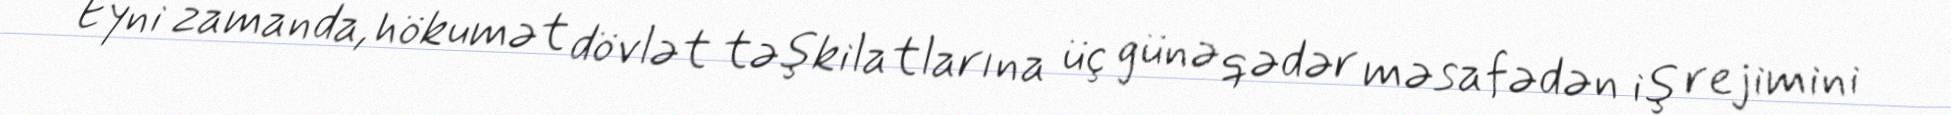
Eyni zamanda, hökumət dövlət təşkilatlarına üç günə qədər məsafədən iş rejimini